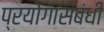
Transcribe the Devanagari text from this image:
प्रयोगासंबंधी